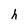
Character: h